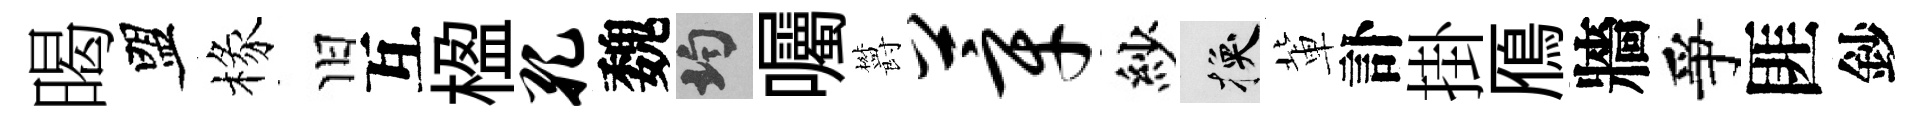
暍盟椽旧互楹孔魏均囑欝莘紗换軰訃掛鴈牆爭匪鈔